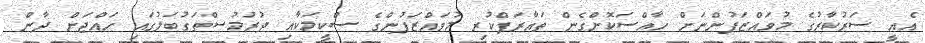
އެއީ ސަރުކާރުގެ މުވައްޒަފުންނަށް ހާއްސަކޮށްގެން ތައާރަފްކުރި މުވައްޒަފުންގެ ސްކީމަކާއި ދުރުމުސްތަގުބަލުގައި ހައްޖަށް ދާން